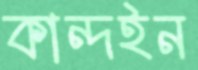
কান্দইন